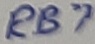
Text: RB7